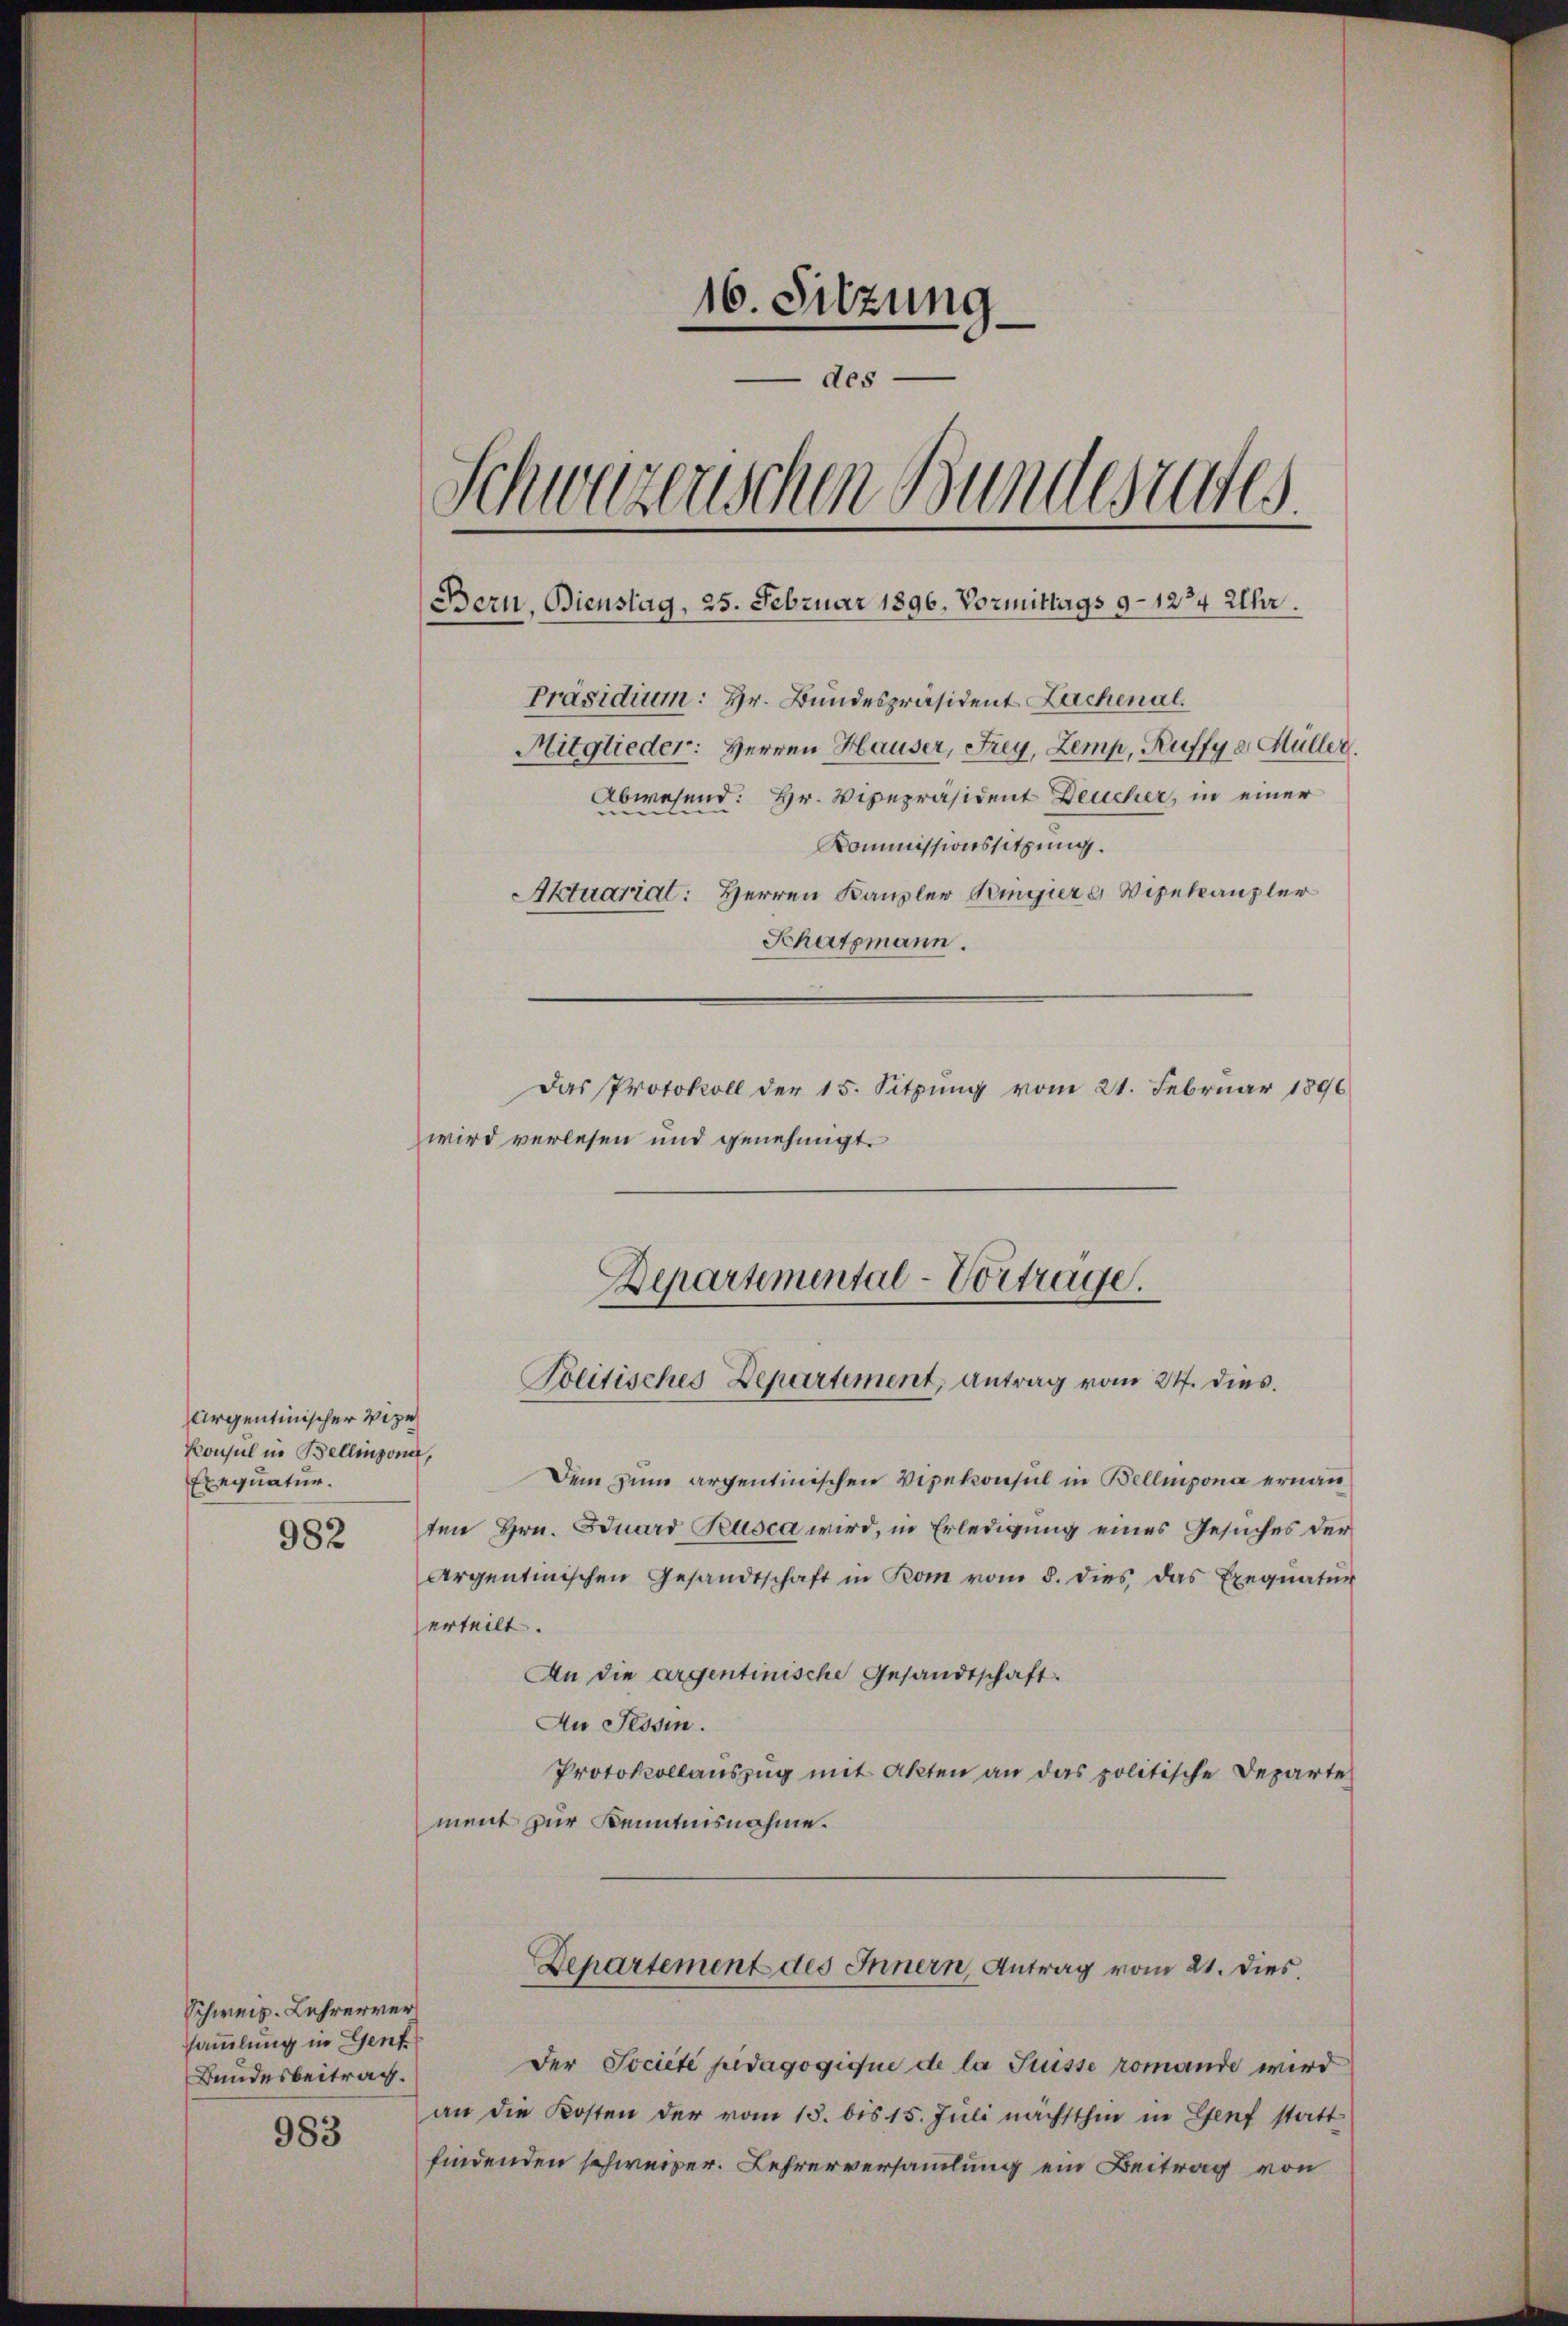
16. Sitzung
des
Schweizerischen Bundesrates
Bern. Bienstag, 25. Februar 1896. Vormittags 9–1274 Uhr.
Präsidium: Hr. Bundespräsident Lachenal.
Mitglieder: Herren Hauser, Frey, Zemp, Ruffy e Müller.
Abwesend: Hr. Vizepräsident Deucher, in einer
Kommissionssitzung.
Aktuariat: Herren Kanzler Bingier u Vizekanzler
Schatzmann.
Das Protokoll der 15. Sitzung vom 21. Februar 1896

Argentinischer Vize
Konsul in Bellinzona,
Exequatur.

982

Schweiz. Lehrerver
sammlung in Genf
Bundesbeitrag.

983

wird verlesen und genehmigt.
Departemental-Vortrage.

Politisches Departement, antrag vom 21. dies

Dem zum arpentinischen Vizekonsul in Bellinzona ernann
ten Hrn. Eduard Tusca wird, in Erledigung eines Gesuches der
Argentinischen Gesandtschaft in Rom vom 8. dies das Exequatur
erteilt.
An die argentinische Gesandtschaft.
An Tessin.
Protokollaŭszŭg mit Akten an das politische Departe
ment zur Kenntnisnahme.
Departement des Innern, Antrag vom 21. dies
Der Société pidagogique de la Suisse romande wird
an die Kosten der vom 15. bis 15. Juli nächsthin in Genf statt
findenden schweizer. Lehrerversammlung ein Beitrag von